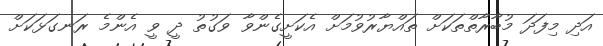
އަދި މިފަދަ މުބާރާތްތަކަށް ތައްޔާރުވުމަށް އެކަށީގެންވާ ވަގުތު ދީ ވީ އެންމެ ރަނގަޅަކަށް